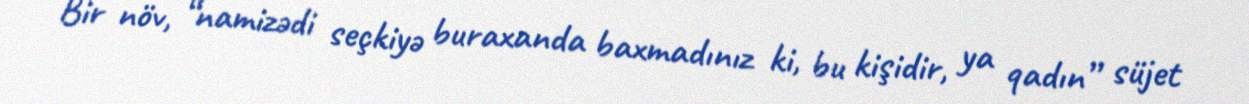
Bir növ, “namizədi seçkiyə buraxanda baxmadınız ki, bu kişidir, ya qadın” süjet